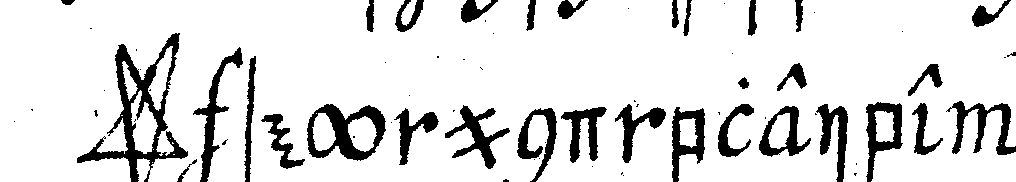
*star* sey und bleibe  .